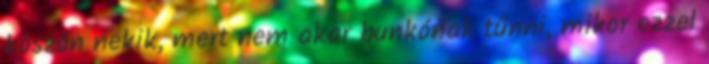
köszön nekik, mert nem akar bunkónak tűnni, mikor ezzel